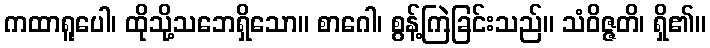
ကထာရူပေါ၊ ထိုသို့သဘေရှိသော။ စာဂေါ၊ စွန့်ကြဲခြင်းသည်။ သံဝိဇ္ဇတိ၊ ရှိ၏။